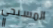
المسيحي